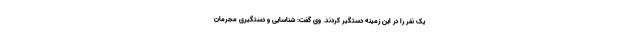
یک نفر را در این زمینه دستگیر کردند. وی گفت: شناسایی و دستگیری مجرمان